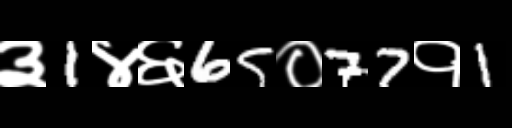
Text: ३1४६65०77१1